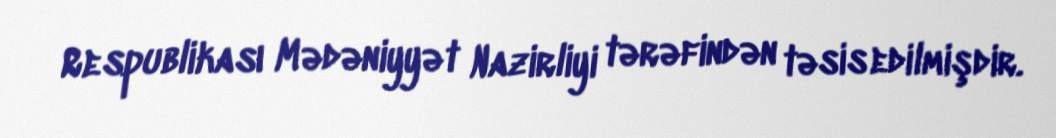
Respublikası Mədəniyyət Nazirliyi tərəfindən təsis edilmişdir.